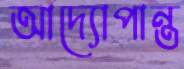
আদ্যোপান্ত